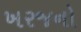
ખરજનો